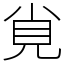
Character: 覍